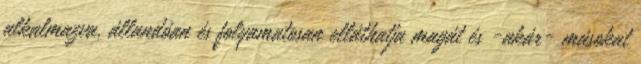
alkalmazva, állandóan és folyamatosan elláthatja magát és -akár- másokat